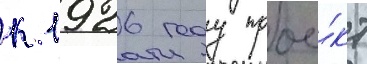
к 1926 году прое́кт